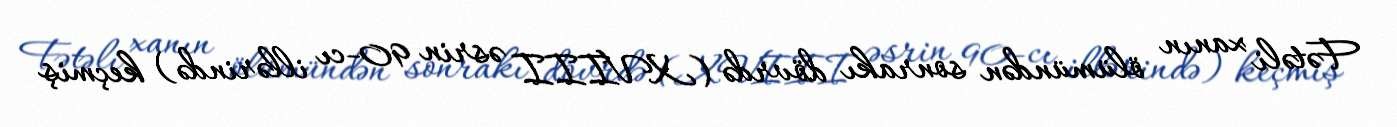
Fətəli xanın ölümündən sonrakı dövrdə (XVIII əsrin 90-cı illərində) keçmiş